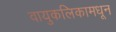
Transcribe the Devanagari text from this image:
वायुकलिकामधून